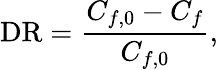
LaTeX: \mathrm{DR}=\frac{C_{f,\mathrm{0}}-C_{f}}{C_{f,\mathrm{0}}},